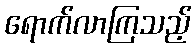
ရောက်လာကြသည့်